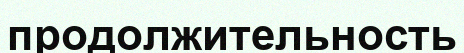
продолжительность